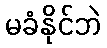
မခံနိုင်ဘဲ